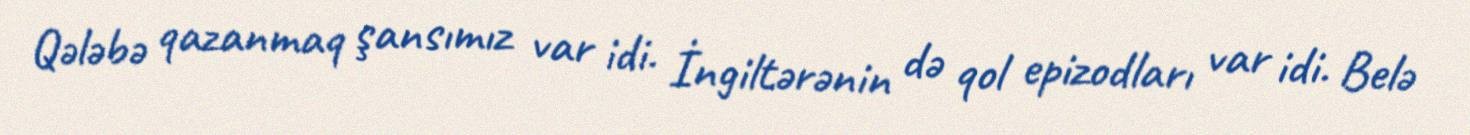
Qələbə qazanmaq şansımız var idi. İngiltərənin də qol epizodları var idi. Belə